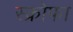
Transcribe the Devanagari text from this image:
स्क्रोफा